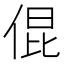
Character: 倱